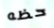
حظه